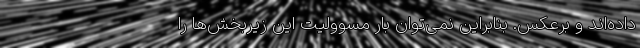
داده‌اند و برعکس. بنابراین نمی‌توان بار مسوولیت این زیربخش‌ها را